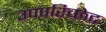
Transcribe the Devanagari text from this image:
उपपरिच्छेद